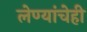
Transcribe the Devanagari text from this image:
लेण्यांचेही